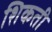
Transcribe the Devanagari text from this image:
शिकती